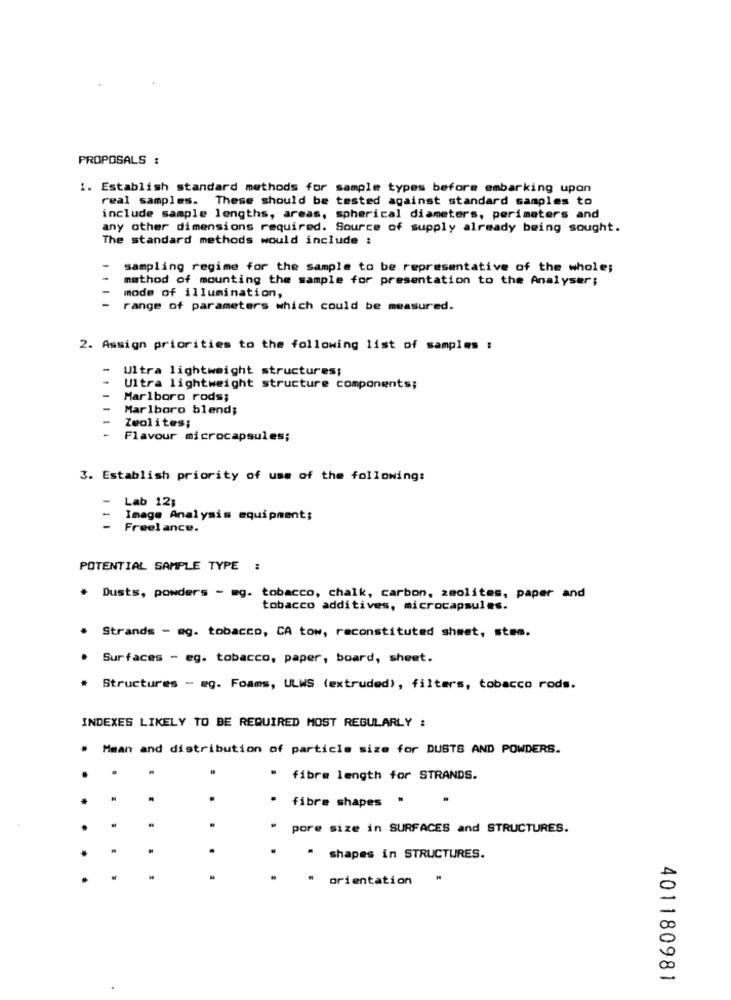
PROPOSALS :
1. Establish standard methods for sample types before embarking upon
real samples. These should be tested against standard samples to
include sample lengths, areas, spherical diameters, perimeters and
any other dimensions required. Source of supply already being sought.
The standard methods would include :
sampling regime for the sample to be representative of the whole;
method of mounting the sample for presentation to the Analyser;
mode of illumination,
range of parameters which could be measured.
2. Assign priorities to the following list of samples :
Ultra lightweight structures;
111
Ultra lightweight structure components;
Marlboro rods;
Marlboro blend;
Zeolites;
Flavour microcapsules;
3. Establish priority of use of the following:
- Lab 12;
Image Analysis equipment;
- Freelance.
POTENTIAL SAMPLE TYPE :
. Dusts, powders - æg. tobacco, chalk, carbon, zeolites, paper and
tobacco additives, microcapsules.
. Strands - eg. tobacco, CA tow, reconstituted shmet, sten.
. Surfaces - eg. tobacco, paper, board, sheet.
# Structures - eg. Foams, ULWS (extruded), filters, tobacco rods.
INDEXES LIKELY TO BE REQUIRED MOST REGULARLY :
# Mman and distribution of particle size for DUSTS AND POWDERS.
" fibre length for STRANDS.
.
fibre shapes "
.
" pore size in SURFACES and STRUCTURES.
.
*
" shapes in STRUCTURES.
" orientation
401180981